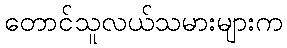
တောင်သူလယ်သမားများက